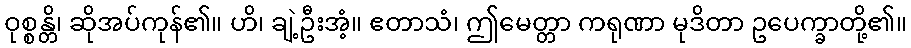
ဝုစ္စန္တိ၊ ဆိုအပ်ကုန်၏။ ဟိ၊ ချဲ့ဦးအံ့။ ဧတာသံ၊ ဤမေတ္တာ ကရုဏာ မုဒိတာ ဥပေက္ခာတို့၏။